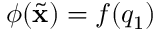
\phi ( \ensuremath { { \widetilde { \mathbf { x } } } } ) = f ( q _ { 1 } )